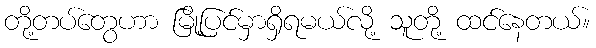
တို့တပ်တွေဟာ မြို့ပြင်မှာရှိရမယ်လို့ သူတို့ ထင်နေတယ်။